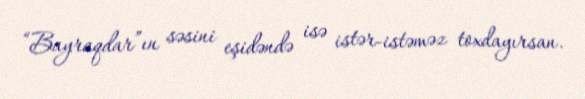
“Bayraqdar”ın səsini eşidəndə isə istər-istəməz toxdayırsan.